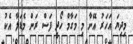
މިދިޔަ އަހަރު އޭނާ މި މަގާމް ހޯދީ ފަސް ރަން މެޑަލާ އެކު